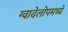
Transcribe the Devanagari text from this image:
ग्वादेलोपमध्ये